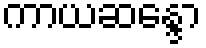
ကာယဆန္ဒော